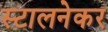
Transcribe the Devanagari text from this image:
स्टालनेकर